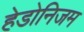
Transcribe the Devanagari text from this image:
हेडोनिजम